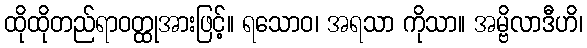
ထိုထိုတည်ရာဝတ္ထုအားဖြင့်။ ရသောဝ၊ အရသာ ကိုသာ။ အမ္ဗိလာဒီဟိ၊